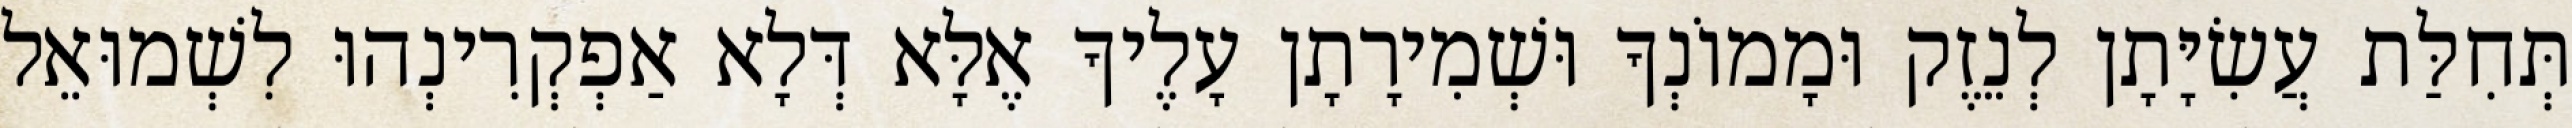
תְּחִלַּת עֲשִׂיָּתָן לְנֵזֶק וּמָמוֹנְךָ וּשְׁמִירָתָן עָלֶיךָ אֶלָּא דְּלָא אַפְקְרִינְהוּ לִשְׁמוּאֵל